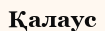
Қалаус